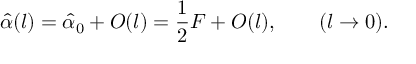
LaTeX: \hat { \alpha } ( l ) = \hat { \alpha } _ { 0 } + { \cal O } ( l ) = { \frac { 1 } { 2 } } F + { \cal O } ( l ) , \qquad ( l \to 0 ) .